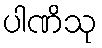
ပါဏိသု